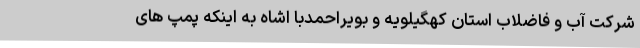
شرکت آب و فاضلاب استان کهگیلویه و بویراحمدبا اشاه به اینکه پمپ های